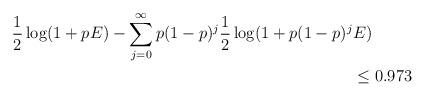
LaTeX: \begin{align*}\frac{1}{2} \log(1 + p E) - \displaystyle\sum\limits_{j = 0}^{\infty} p (1-p)^j \frac{1}{2} \log(1 + p(1-p)^j & E ) \\ & \le 0.973\end{align*}